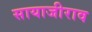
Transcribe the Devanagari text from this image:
सायाजीराव